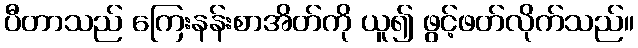
ပီတာသည် ကြေးနန်းစာအိတ်ကို ယူ၍ ဖွင့်ဖတ်လိုက်သည်။